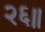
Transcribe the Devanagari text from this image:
२६॥